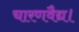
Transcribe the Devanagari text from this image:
चारणवैद्य।